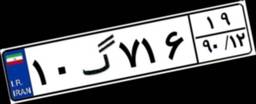
۱۰گ۷۱۶۱۹